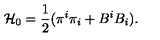
{ \cal H } _ { 0 } = \frac { 1 } { 2 } ( \pi ^ { i } \pi _ { i } + B ^ { i } B _ { i } ) .